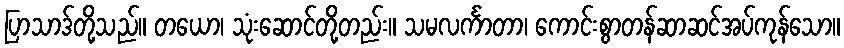
ပြာသာဒ်တို့သည်။ တယော၊ သုံးဆောင်တို့တည်း။ သမလင်္ကာတာ၊ ကောင်းစွာတန်ဆာဆင်အပ်ကုန်သော။